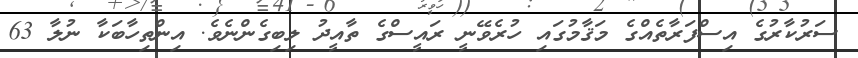
ސަރުކާރުގެ އިސްފަރާތެއްގެ މަޤާމުގައި ހުރެވޭނީ ރައީސްގެ ތާއީދު ލިބިގެންނެވެ. އިންތިހާބަކާ ނުލާ 63